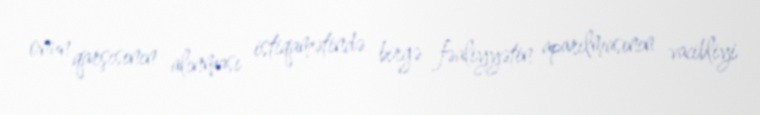
onun qarşısının alınması istiqamətində birgə fəaliyyətin aparılmasının vacibliyi